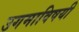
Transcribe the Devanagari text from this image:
उगमाविषयी